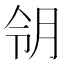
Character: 𱢸